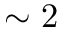
\sim 2